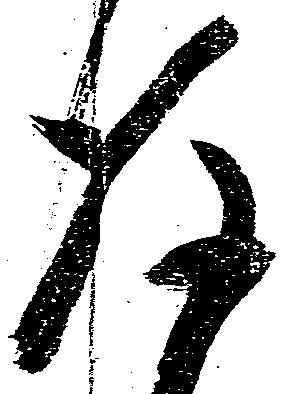
後